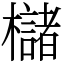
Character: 櫧